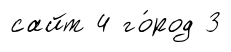
сайт 4 го́род 3